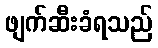
ဖျက်ဆီးခံရသည်